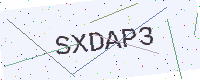
Text: SXDAP3